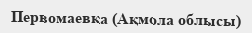
Первомаевка (Ақмола облысы)